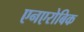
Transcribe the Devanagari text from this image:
एनएरोबिक